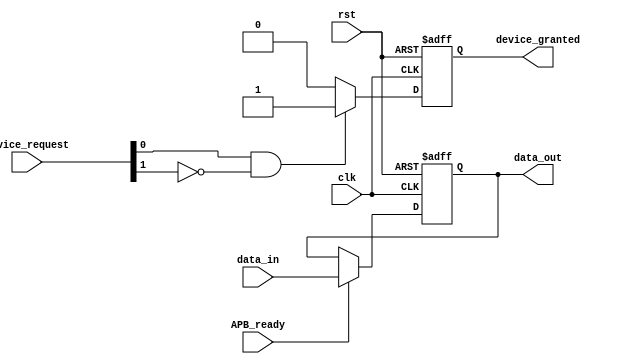
module APB_Controller (
    input wire clk,
    input wire rst,
    input wire [7:0] data_in,
    output wire [7:0] data_out,
    input wire APB_ready,
    input wire [1:0] device_request,
    output wire device_granted
);

// Define internal signals and registers
reg [7:0] internal_data;
reg [1:0] internal_device_granted;

// Data synchronization with APB bus
always @(posedge clk or posedge rst) begin
    if (rst) begin
        internal_data <= 8'b0;
    end else begin
        if (APB_ready) begin
            internal_data <= data_in;
        end
    end
end

// Arbitration logic for bus access requests
always @(posedge clk or posedge rst) begin
    if (rst) begin
        internal_device_granted <= 2'b00;
    end else begin
        if (device_request[0] && !device_request[1]) begin
            internal_device_granted <= 2'b01; // Grant access to device 1
        end else if (!device_request[0] && device_request[1]) begin
            internal_device_granted <= 2'b10; // Grant access to device 2
        end else begin
            internal_device_granted <= 2'b00; // No access granted
        end
    end
end

// Output data and device grant signals
assign data_out = internal_data;
assign device_granted = internal_device_granted;

endmodule